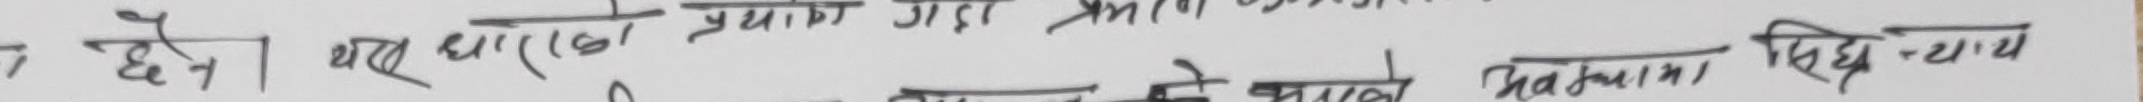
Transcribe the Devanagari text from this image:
न देने। यह घर एक प्रचाग गदा प्रमाणना
ये अवनति के बारे धमात्मा सिद्ध-न्याय